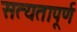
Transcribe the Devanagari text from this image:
सत्यतापूर्ण